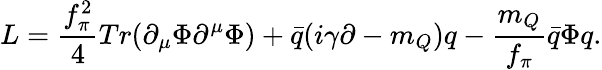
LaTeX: L=\frac{f_{\pi}^{2}}{4}Tr(\partial_{\mu}\Phi\partial^{\mu}\Phi)+\bar{q}(i\gamma\partial-m_{Q})q-\frac{m_{Q}}{f_{\pi}}\bar{q}\Phi q.